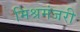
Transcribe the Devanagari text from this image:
मिश्रमंजरी